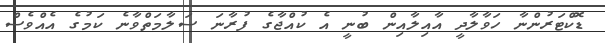
ޑޮކްޓަރުންނާ ހަވާލާދީ އާއިލާއިން ބުނީ އެ ކުއްޖާގެ ފުރާނަ ސަލާމަތްވާނެ ކަމުގެ އެއްވެސް